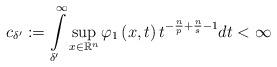
LaTeX: \begin{align*}c_{\delta^{\prime}}:={\displaystyle \int \limits_{\delta^{\prime}}^{\infty}}\sup_{x\in{\mathbb{R}^{n}}}\varphi_{1}\left( x,t\right) t^{-\frac{n}{p}+\frac{n}{s}-1}dt<\infty \end{align*}